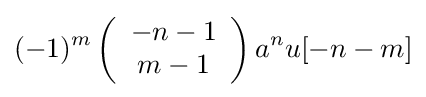
(-1)^{m}\left({\begin{array}{c}-n-1\\m-1\end{array}}\right)a^{n}u[-n-m]